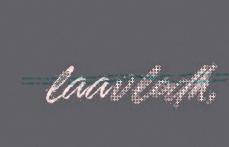
laavlodh,